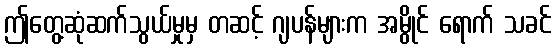
ဤတွေ့ဆုံဆက်သွယ်မှုမှ တဆင့် ဂျပန်များက အမွိုင် ရောက် သခင်